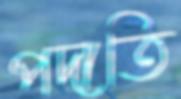
পদাতি